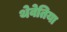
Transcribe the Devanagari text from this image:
थेवेतिया